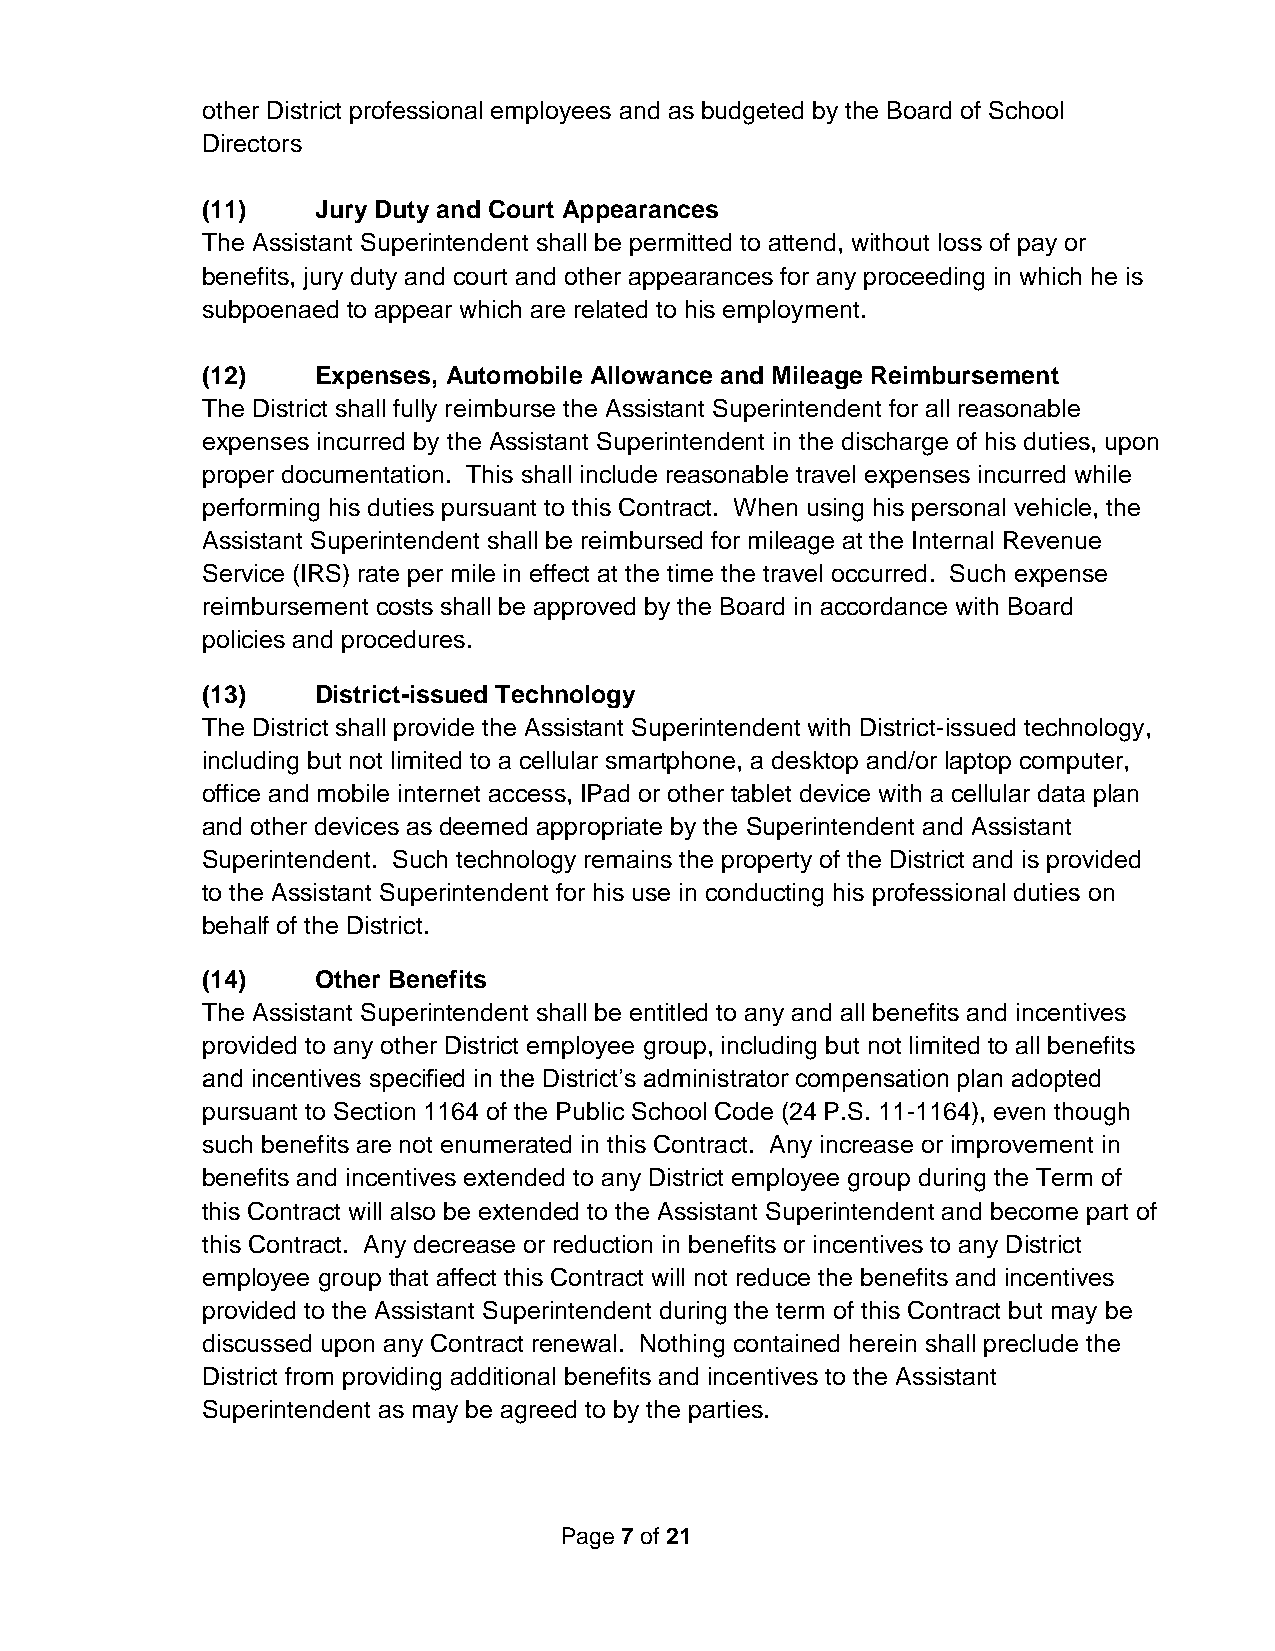
other District professional employees and as budgeted by the Board of School
 Directors
 (11)    Jury Duty and Court Appearances
 The Assistant Superintendent shall be permitted to attend, without loss of pay or
 benefits, jury duty and court and other appearances for any proceeding in which he is
 subpoenaed to appear which are related to his employment.
 (12)    Expenses, Automobile Allowance and Mileage Reimbursement
 The District shall fully reimburse the Assistant Superintendent for all reasonable
 expenses incurred by the Assistant Superintendent in the discharge of his duties, upon
 proper documentation. This shall include reasonable travel expenses incurred while
 performing his duties pursuant to this Contract. When using his personal vehicle, the
 Assistant Superintendent shall be reimbursed for mileage at the Internal Revenue
 Service (IRS) rate per mile in effect at the time the travel occurred. Such expense
 reimbursement costs shall be approved by the Board in accordance with Board
 policies and procedures.
 (13)    District-issued Technology
 The District shall provide the Assistant Superintendent with District-issued technology,
 including but not limited to a cellular smartphone, a desktop and/or laptop computer,
 office and mobile internet access, IPad or other tablet device with a cellular data plan
 and other devices as deemed appropriate by the Superintendent and Assistant
 Superintendent. Such technology remains the property of the District and is provided
 to the Assistant Superintendent for his use in conducting his professional duties on
 behalf of the District.
 (14)    Other Benefits
 The Assistant Superintendent shall be entitled to any and all benefits and incentives
 provided to any other District employee group, including but not limited to all benefits
 and incentives specified in the District’s administrator compensation plan adopted
 pursuant to Section 1164 of the Public School Code (24 P.S. 11-1164), even though
 such benefits are not enumerated in this Contract. Any increase or improvement in
 benefits and incentives extended to any District employee group during the Term of
 this Contract will also be extended to the Assistant Superintendent and become part of
 this Contract. Any decrease or reduction in benefits or incentives to any District
 employee group that affect this Contract will not reduce the benefits and incentives
 provided to the Assistant Superintendent during the term of this Contract but may be
 discussed upon any Contract renewal. Nothing contained herein shall preclude the
 District from providing additional benefits and incentives to the Assistant
 Superintendent as may be agreed to by the parties.
 Page 7 of 21